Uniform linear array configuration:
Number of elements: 12
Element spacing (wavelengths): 0.75
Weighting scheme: uniform
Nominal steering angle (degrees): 15
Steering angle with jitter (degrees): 13.849
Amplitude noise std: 0.05
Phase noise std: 0.05

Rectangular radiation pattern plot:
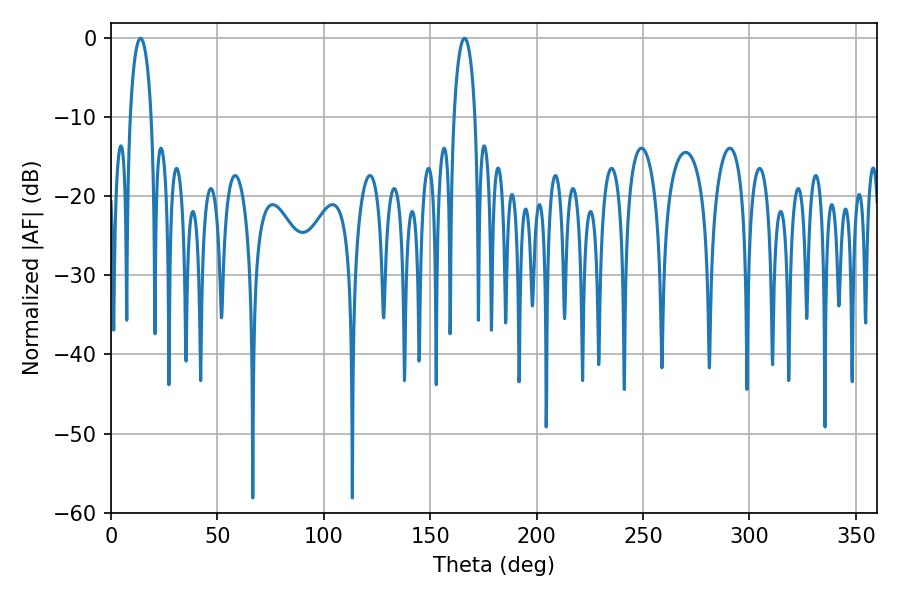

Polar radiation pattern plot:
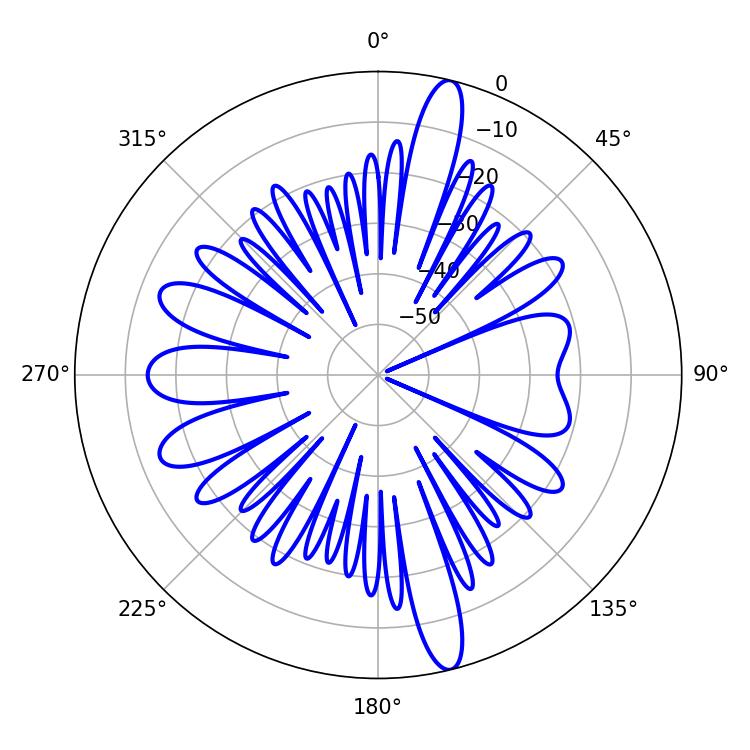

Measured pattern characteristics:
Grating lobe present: TRUE
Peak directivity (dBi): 17.289
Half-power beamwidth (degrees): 5.76
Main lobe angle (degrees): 13.86